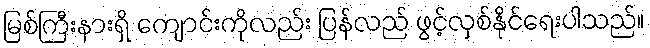
မြစ်ကြီးနားရှိ ကျောင်းကိုလည်း ပြန်လည် ဖွင့်လှစ်နိုင်ရေးပါသည်။